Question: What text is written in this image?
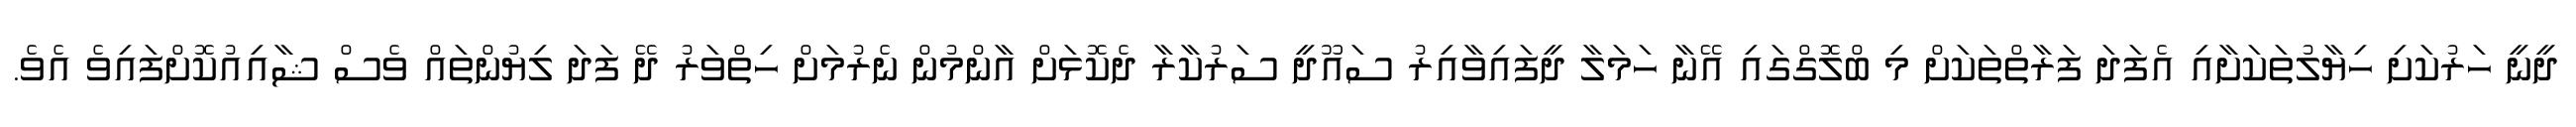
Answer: ދީނީ ހަރުކަށި ހިޔާލުތަކަށާއި އެފަދަ ފަރާތްތަކަށް މި ބްލޮގްގައި އޭނާ ހަމަލާ ދީފައިވާއިރު ސައޫދީ ސަރުކާރާ ދެކޮޅަށް އާންމުން ނެރުމަށް ހިތްވަރު ދޭ ފަދަ ލިޔުންތައް ވެސް ޝާއިއުކޮށްފައިވެ އެވެ.